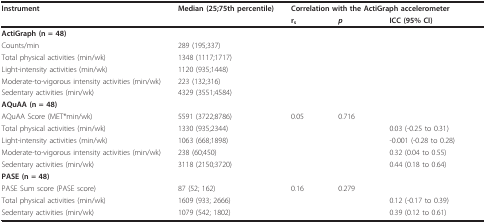
<table><thead><tr><td><b>Instrument</b></td><td><b>Median (25;75th percentile)</b></td><td colspan="3"><b>Correlation with the ActiGraph accelerometer</b></td></tr><tr><td></td><td></td><td><b>r<sub>s</sub></b></td><td><b><i>p</i></b></td><td><b>ICC (95% CI)</b></td></tr></thead><tbody><tr><td><b>ActiGraph (n = 48)</b></td><td></td><td></td><td></td><td></td></tr><tr><td>Counts/min</td><td>289 (195;337)</td><td></td><td></td><td></td></tr><tr><td>Total physical activities (min/wk)</td><td>1348 (1117;1717)</td><td></td><td></td><td></td></tr><tr><td>Light-intensity activities (min/wk)</td><td>1120 (935;1448)</td><td></td><td></td><td></td></tr><tr><td>Moderate-to-vigorous intensity activities (min/wk)</td><td>223 (132;316)</td><td></td><td></td><td></td></tr><tr><td>Sedentary activities (min/wk)</td><td>4329 (3551;4584)</td><td></td><td></td><td></td></tr><tr><td><b>AQuAA (n = 48)</b></td><td></td><td></td><td></td><td></td></tr><tr><td>AQuAA Score (MET*min/wk)</td><td>5591 (3722;8786)</td><td>0.05</td><td>0.716</td><td></td></tr><tr><td>Total physical activities (min/wk)</td><td>1330 (935;2344)</td><td></td><td></td><td>0.03 (-0.25 to 0.31)</td></tr><tr><td>Light-intensity activities (min/wk)</td><td>1063 (668;1898)</td><td></td><td></td><td>-0.001 (-0.28 to 0.28)</td></tr><tr><td>Moderate-to-vigorous intensity activities (min/wk)</td><td>238 (60;450)</td><td></td><td></td><td>0.32 (0.04 to 0.55)</td></tr><tr><td>Sedentary activities (min/wk)</td><td>3118 (2150;3720)</td><td></td><td></td><td>0.44 (0.18 to 0.64)</td></tr><tr><td><b>PASE (n = 48)</b></td><td></td><td></td><td></td><td></td></tr><tr><td>PASE Sum score (PASE score)</td><td>87 (52; 162)</td><td>0.16</td><td>0.279</td><td></td></tr><tr><td>Total physical activities (min/wk)</td><td>1609 (933; 2666)</td><td></td><td></td><td>0.12 (-0.17 to 0.39)</td></tr><tr><td>Sedentary activities (min/wk)</td><td>1079 (542; 1802)</td><td></td><td></td><td>0.39 (0.12 to 0.61)</td></tr></tbody></table>